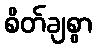
စိတ်ချစွာ